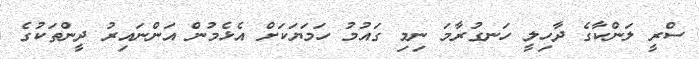
ސްރީ ލަންކާގެ ދާހިލީ ހަނގުރާމަ ނިމި ގައުމު ހަމަޔަކަށް އެޅެމުން އަންނައިރު ދީންތަކުގެ